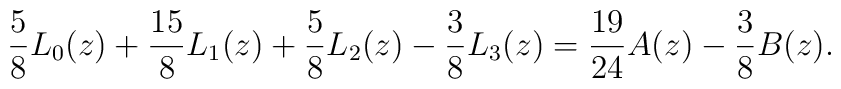
\frac{5}{8}L_0(z)+\frac{15}{8}L_1(z)+\frac{5}{8}L_2(z)-\frac{3}{8}L_3(z)=\frac{19}{24}A(z)-\frac{3}{8}B(z).